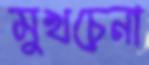
মুখচেনা